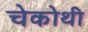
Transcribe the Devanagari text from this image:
चेकोथी